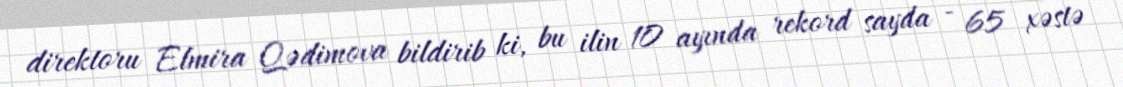
direktoru Elmira Qədimova bildirib ki, bu ilin 10 ayında rekord sayda - 65 xəstə